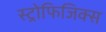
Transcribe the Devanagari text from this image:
स्ट्रोफिजिक्स